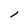
Character: l